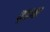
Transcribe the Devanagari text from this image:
ब़ढना